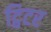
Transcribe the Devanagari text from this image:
ट्विटर